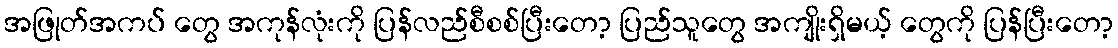
အဖြုတ်အကပ် တွေ အကုန်လုံးကို ပြန်လည်စီစစ်ပြီးတော့ ပြည်သူတွေ အကျိုးရှိမယ့် တွေကို ပြန်ပြီးတော့